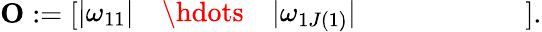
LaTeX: \mathbf{O}:=\left[\begin{array}{lllllllll}{|\omega_{11}|}&{\hdots}&{|\omega_{1J(1)}|}&{}&{}&{}&{}&{}&{}\end{array}\right].